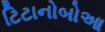
ટિટાનોબોઆ